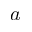
a